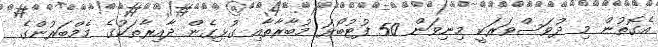
އެގޮތުން މި ދުވަސްވަރަކީ މިނިވަން 50 ފުޓުބޯޅަ މުބާރާތާއި ގުޅިގެން ދާއިރާތަކުގެ މެމްބަރުންގެ